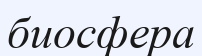
биосфера